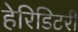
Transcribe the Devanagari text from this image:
हेरिडिटरी